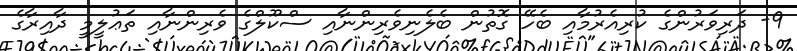
9- ދަރިވަރުންގެ ކުރިއެރުމާއި ބެހޭ ގޮތުން ބެލެނިވެރިންނާއި ސްކޫލްގެ ވެރިންނާއި ތަޢުލީމީ ދާއިރާގެ